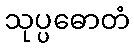
သုပ္ပဓောတံ